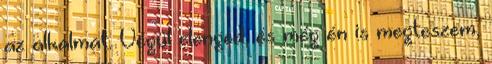
az alkalmat. Végül elenged, és még én is megteszem,